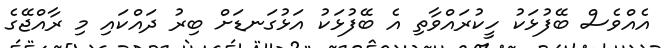
އެއްވެސް ބޭފުޅަކު ހީކުރައްވާތި އެ ބޭފުޅަކު އަޅުގަނޑަށް ބިރު ދައްކައި މި ރާއްޖޭގެ